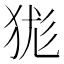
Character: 狵